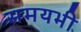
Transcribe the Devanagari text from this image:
समयभी